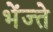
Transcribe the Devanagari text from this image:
भेंज्ते